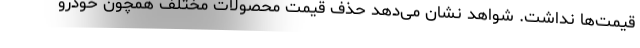
قیمت‌ها نداشت. شواهد نشان می‌دهد حذف قیمت محصولات مختلف همچون خودرو